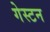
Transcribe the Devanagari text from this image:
गेस्टन